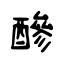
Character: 醦